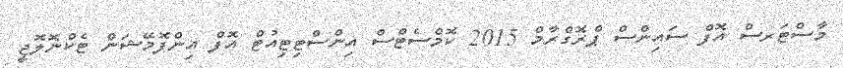
މާސްޓަރސް އޮފް ސައިންސް ޕްރޮގްރާމް 2015 ކޮމްސެޓްސް އިންސްޓިޓިއުޓް އޮފް އިންފޮމޭޝަން ޓެކްނޮލޮޖީ